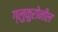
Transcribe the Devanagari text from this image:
ग्लुकुरोनील